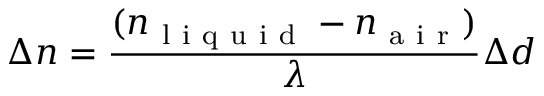
\Delta n = \frac { ( n _ { \mathrm { ~ l ~ i ~ q ~ u ~ i ~ d ~ } } - n _ { \mathrm { ~ a ~ i ~ r ~ } } ) } { \lambda } \Delta d